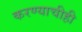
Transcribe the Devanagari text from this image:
करण्‍याचीही